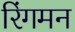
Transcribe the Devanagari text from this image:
रिंगमन